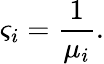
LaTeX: \varsigma_{i}=\frac{1}{\mu_{i}}.